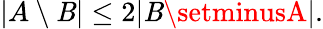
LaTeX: |A\setminus\mathit{B}|\leq2|\mathit{B}\setminusA|.